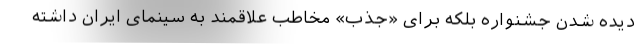
دیده شدن جشنواره بلکه برای «جذب» مخاطب علاقمند به سینمای ایران داشته